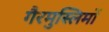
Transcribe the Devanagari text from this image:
गैरमुस्लिमों